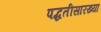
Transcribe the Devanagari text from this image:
पद्धतीसारख्या